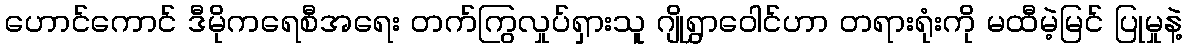
ဟောင်ကောင် ဒီမိုကရေစီအရေး တက်ကြွလှုပ်ရှားသူ ဂျိုရွှာဝေါင်ဟာ တရားရုံးကို မထီမဲ့မြင် ပြုမှုနဲ့